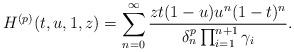
LaTeX: \begin{align*}H^{(p)}(t,u,1,z)=\sum_{n=0}^\infty \frac{zt(1-u)u^n(1-t)^n}{\delta_n^p \prod_{i=1}^{n+1} \gamma_i}.\end{align*}